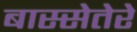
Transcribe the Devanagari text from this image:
बास्सेतेरे